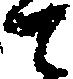
と